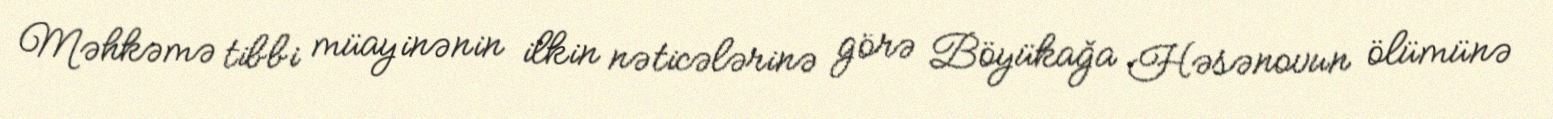
Məhkəmə tibbi müayinənin ilkin nəticələrinə görə Böyükağa Həsənovun ölümünə